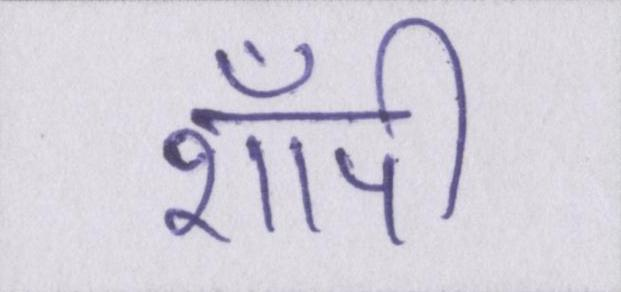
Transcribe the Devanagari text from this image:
शॉपी